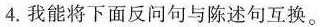
4.我能将下面反问句与陈述句互换。